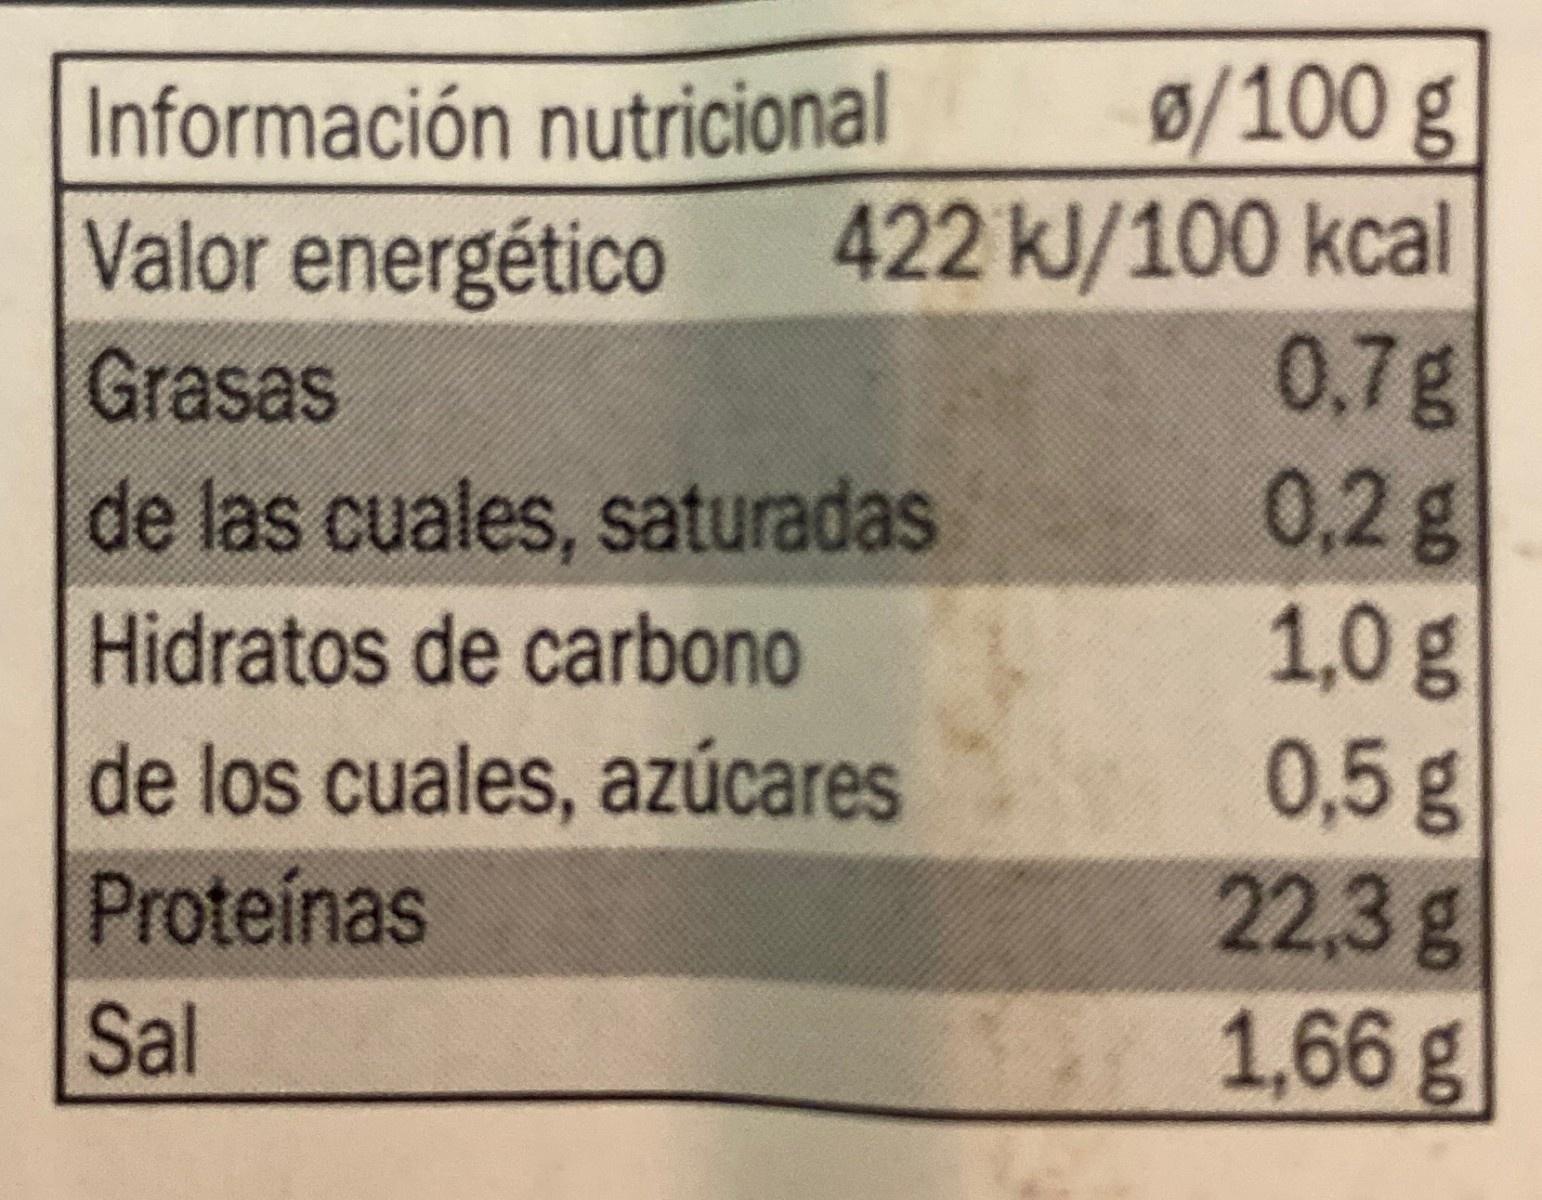
Ø/100 g 422kJ/100 kcal 0,7g 0,2g 1,0g 0,5g 22,3g 1,66g Información nutricional Valor energético Grasas de las cuales, saturadas Hidratos de carbono de los cuales, azúcares Proteínas Sal